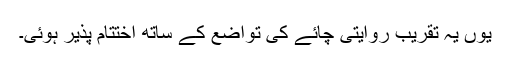
یوں یہ تقریب روایتی چائے کی تواضع کے ساتھ اختتام پذیر ہوئی۔